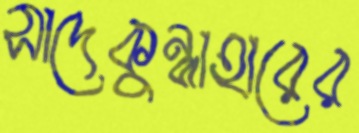
সাদেকুন্নাহারের